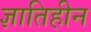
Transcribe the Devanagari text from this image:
ज्ञातिहीन